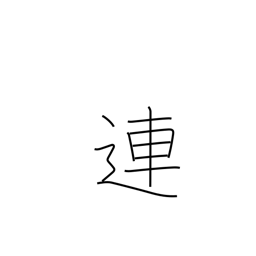
Meaning: connect